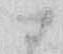
に